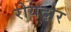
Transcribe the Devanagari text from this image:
रोयेदार